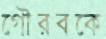
গৌরবকে